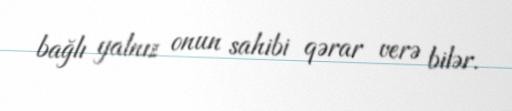
bağlı yalnız onun sahibi qərar verə bilər.